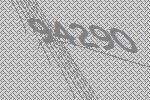
94290